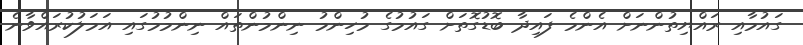
ގައުމާއި ރައްޔިތުންނަށް އެންމެ ފައިދާ ބޮޑުގޮތަށް ގައުމުގެ މުހިންމު ނިންމުންތައް ނިންމުމުގައި އަމަލުކުރައްވާނެ